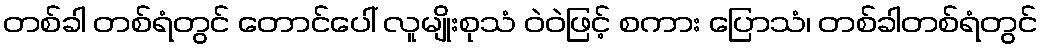
တစ်ခါ တစ်ရံတွင် တောင်ပေါ် လူမျိုးစုသံ ဝဲဝဲဖြင့် စကား ပြောသံ၊ တစ်ခါတစ်ရံတွင်